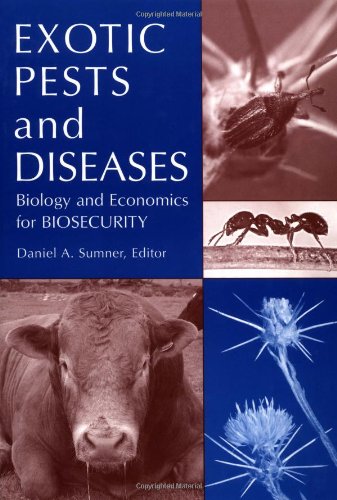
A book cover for Exotic Pests and Diseases: Biology and Economics for Biosecurity; Daniel A. Sumner; Science & Math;